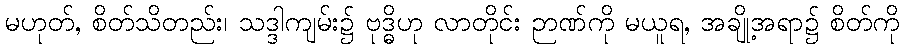
မဟုတ်, စိတ်သိတည်း၊ သဒ္ဒါကျမ်း၌ ဗုဒ္ဓိဟု လာတိုင်း ဉာဏ်ကို မယူရ, အချို့အရာ၌ စိတ်ကို